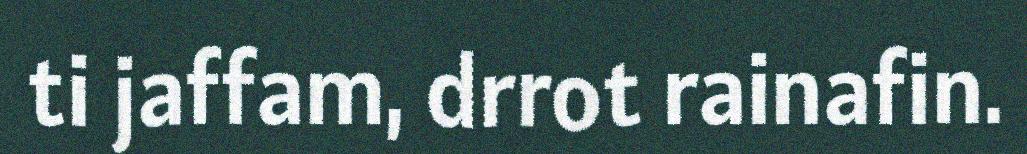
ti jaffam, drrot rainafin.